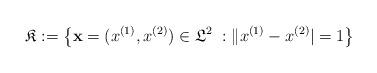
LaTeX: \begin{align*}\mathfrak{K}:=\left\{ \mathbf{x}=(x^{(1)},x^{(2)})\in \mathfrak{L}^{2}\ :\|x^{(1)}-x^{(2)}|=1\right\} \end{align*}